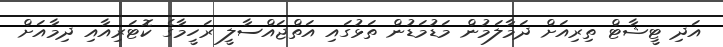
އަދި ޓީޝާޓް ތިރިއަށް ދަމާލަމުން މަޑުމަޑުން ތަޅުގައި އަތްޖައްސާލީ ރަހީމާގެ ކޮޓަރިއާއި ދިމާއަށް